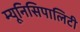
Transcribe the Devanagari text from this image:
म्यूनिसिपालिटी